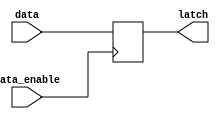
module data_enable_latch(
    input wire data,
    input wire data_enable,
    output reg latch
);

// Storing data when data-enable signal is asserted
always @(posedge data_enable) begin
    if(data_enable == 1'b1) begin
        latch <= data;
    end
end

endmodule